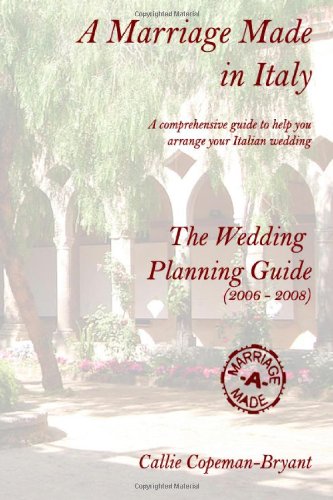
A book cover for A Marriage Made in Italy - The Wedding Planning Guide (2006 - 2008); Callie Copeman-Bryant; Travel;